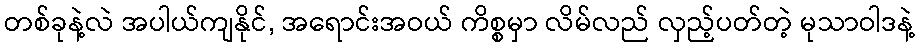
တစ်ခုနဲ့လဲ အပါယ်ကျနိုင်, အရောင်းအဝယ် ကိစ္စမှာ လိမ်လည် လှည့်ပတ်တဲ့ မုသာဝါဒနဲ့